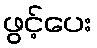
ဖွင့်ပေး